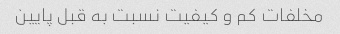
مخلفات کم و کیفیت نسبت به قبل پایین